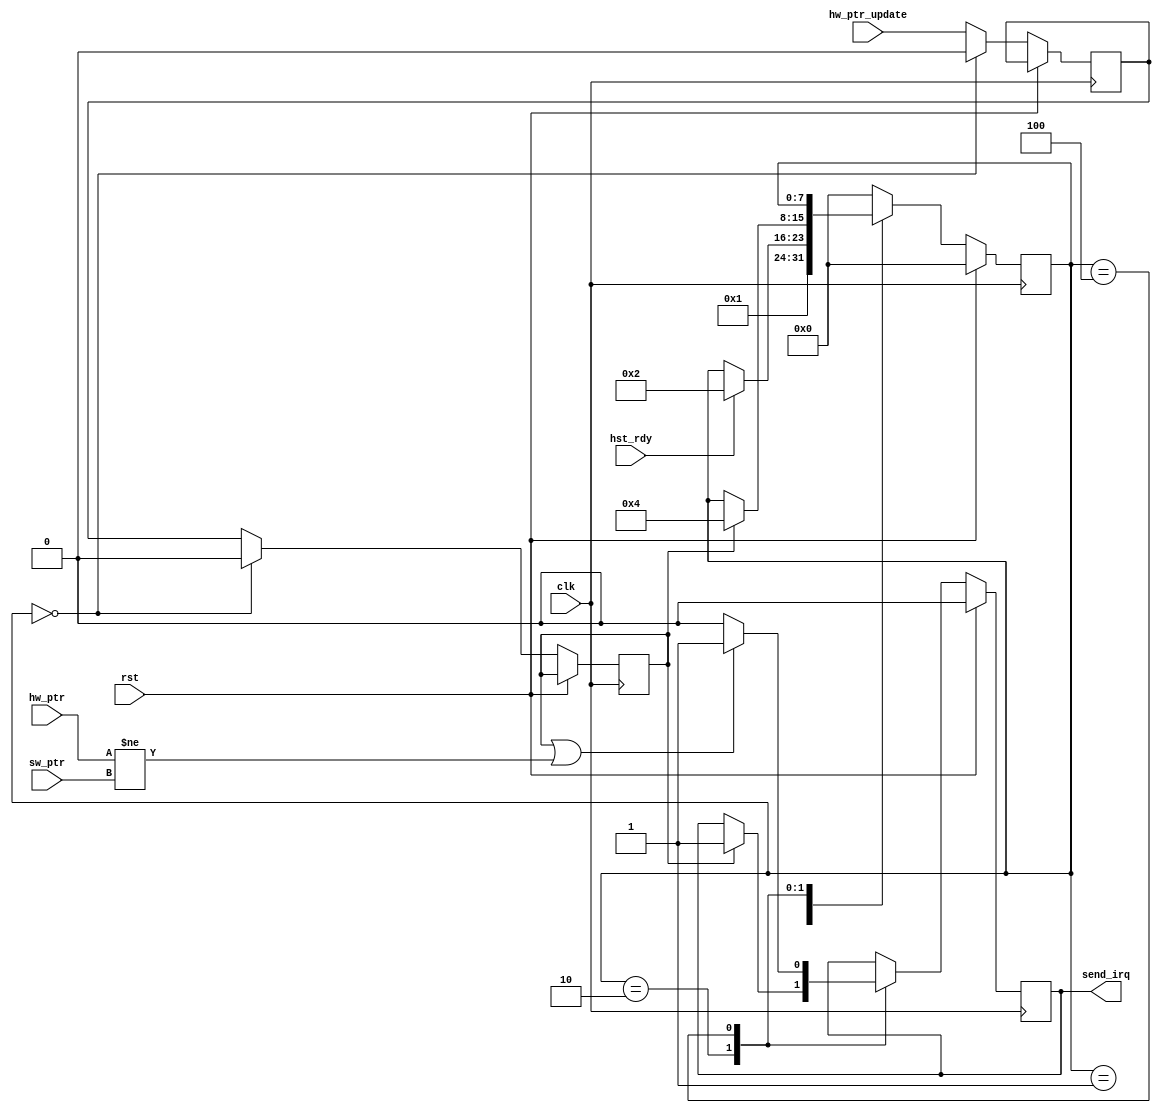
/*******************************************************************************
*
*  NetFPGA-10G http://www.netfpga.org
*
*  File:
*        irq_gen.v
*
*  Project:
*
*
*  Author:
*        Marco Forconesi
*
*  Description:
*        Rx interrupt generation.
*
*
*    This code is initially developed for the Network-as-a-Service (NaaS) project.
*
*  Copyright notice:
*        Copyright (C) 2014 University of Cambridge
*
*  Licence:
*        This file is part of the NetFPGA 10G development base package.
*
*        This file is free code: you can redistribute it and/or modify it under
*        the terms of the GNU Lesser General Public License version 2.1 as
*        published by the Free Software Foundation.
*
*        This package is distributed in the hope that it will be useful, but
*        WITHOUT ANY WARRANTY; without even the implied warranty of
*        MERCHANTABILITY or FITNESS FOR A PARTICULAR PURPOSE.  See the GNU
*        Lesser General Public License for more details.
*
*        You should have received a copy of the GNU Lesser General Public
*        License along with the NetFPGA source package.  If not, see
*        http://www.gnu.org/licenses/.
*
*/

//////////////////////////////////////////////////////////////////////////////////////////////
//////////////////////////////////////////////////////////////////////////////////////////////
`timescale 1ns / 1ps
//`default_nettype none

module irq_gen (

    input                    clk,
    input                    rst,

    input                    hw_ptr_update,
    input                    hst_rdy,
    input        [63:0]      hw_ptr,
    input        [63:0]      sw_ptr,

    output reg               send_irq
    );

    // localparam
    localparam s0 = 8'b00000000;
    localparam s1 = 8'b00000001;
    localparam s2 = 8'b00000010;
    localparam s3 = 8'b00000100;
    localparam s4 = 8'b00001000;
    localparam s5 = 8'b00010000;
    localparam s6 = 8'b00100000;
    localparam s7 = 8'b01000000;
    localparam s8 = 8'b10000000;

    //-------------------------------------------------------
    // Local irq_gen
    //-------------------------------------------------------  
    reg          [7:0]       irq_gen_fsm;
    reg                      update_reg0;
    reg                      update_reg1;

    ////////////////////////////////////////////////
    // irq_gen
    ////////////////////////////////////////////////
    always @(posedge clk) begin

        if (rst) begin  // rst
            send_irq <= 1'b0;
            irq_gen_fsm <= s0;
        end
        
        else begin  // not rst

            update_reg0 <= hw_ptr_update;
            update_reg1 <= update_reg0;

            case (irq_gen_fsm)

                s0 : begin
                    update_reg0 <= 1'b0;
                    update_reg1 <= 1'b0;
                    irq_gen_fsm <= s1;
                end

                s1 : begin
                    if (hst_rdy) begin
                        irq_gen_fsm <= s2;
                    end
                end

                s2 : begin
                    if (update_reg1) begin
                        send_irq <= 1'b1;
                        irq_gen_fsm <= s3;
                    end
                end

                s3 : begin
                    if (update_reg1 || (hw_ptr != sw_ptr)) begin
                        send_irq <= 1'b1;
                    end
                    else begin
                        send_irq <= 1'b0;
                    end
                end

                default : begin
                    irq_gen_fsm <= s0;
                end

            endcase
        end     // not rst
    end  //always

endmodule // irq_gen

//////////////////////////////////////////////////////////////////////////////////////////////
//////////////////////////////////////////////////////////////////////////////////////////////